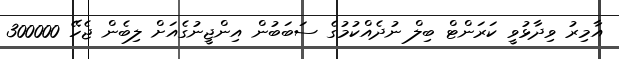
އާމިރު ވިދާޅުވީ ކަރަންޓް ބިލް ނުދެއްކުމުގެ ސަބަބުން އިންޖީނުގެއަށް ލިބެން ޖެހޭ 300000